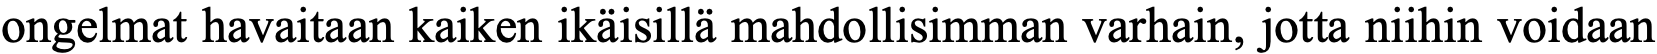
ongelmat havaitaan kaiken ikäisillä mahdollisimman varhain, jotta niihin voidaan